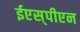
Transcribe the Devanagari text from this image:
ईएस्‌पीएन